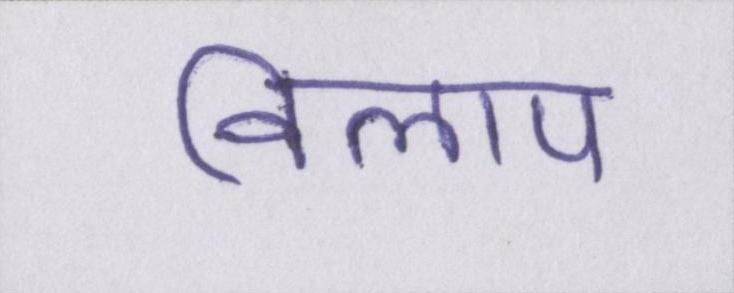
विलाप